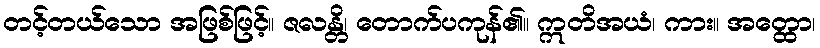
တင့်တယ်သော အဖြစ်ဖြင့်။ ဇလန္တိ၊ တောက်ပကုန်၏။ ဣတိအယံ၊ ကား။ အတ္ထော၊